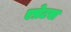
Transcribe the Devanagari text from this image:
एप्रेटस